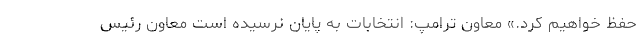
حفظ خواهیم کرد.» معاون ترامپ: انتخابات به پایان نرسیده است معاون رئیس